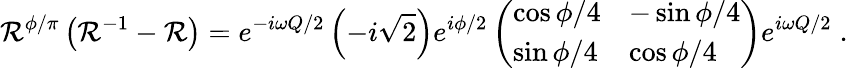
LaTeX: {\cal R}^{\phi/\pi}\left({\cal R}^{-1}-{\cal R}\right)=e^{-i\omega Q/2}\left(-i\sqrt{2}\right)e^{i\phi/2}\left(\begin{array}{ll}{{\cos\phi/4}}&{{-\sin\phi/4}}\\ {{\sin\phi/4}}&{{\cos\phi/4}}\end{array}\right)e^{i\omega Q/2}\; .